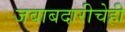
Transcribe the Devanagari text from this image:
जबाबदारीचेही